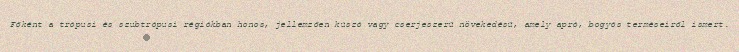
Főként a trópusi és szubtrópusi régiókban honos, jellemzően kúszó vagy cserjeszerű növekedésű, amely apró, bogyós terméseiről ismert.